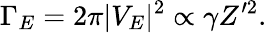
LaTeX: \Gamma_{E}=2\pi|V_{E}|^{2}\propto\gamma Z’^{2}.